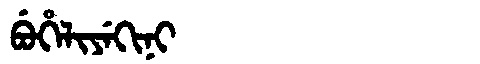
Manchu: ᠪᡠᡥᡝᠯᡳᠶᡝᡴᡳᠨᡳ
Romanization: BUHELIYEKINI